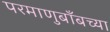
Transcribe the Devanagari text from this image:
परमाणुबाँबच्या